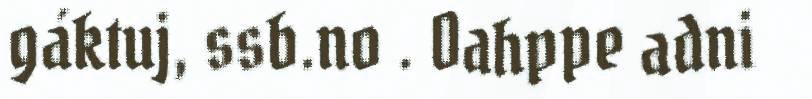
gáktuj, ssb.no . Oahppe adni